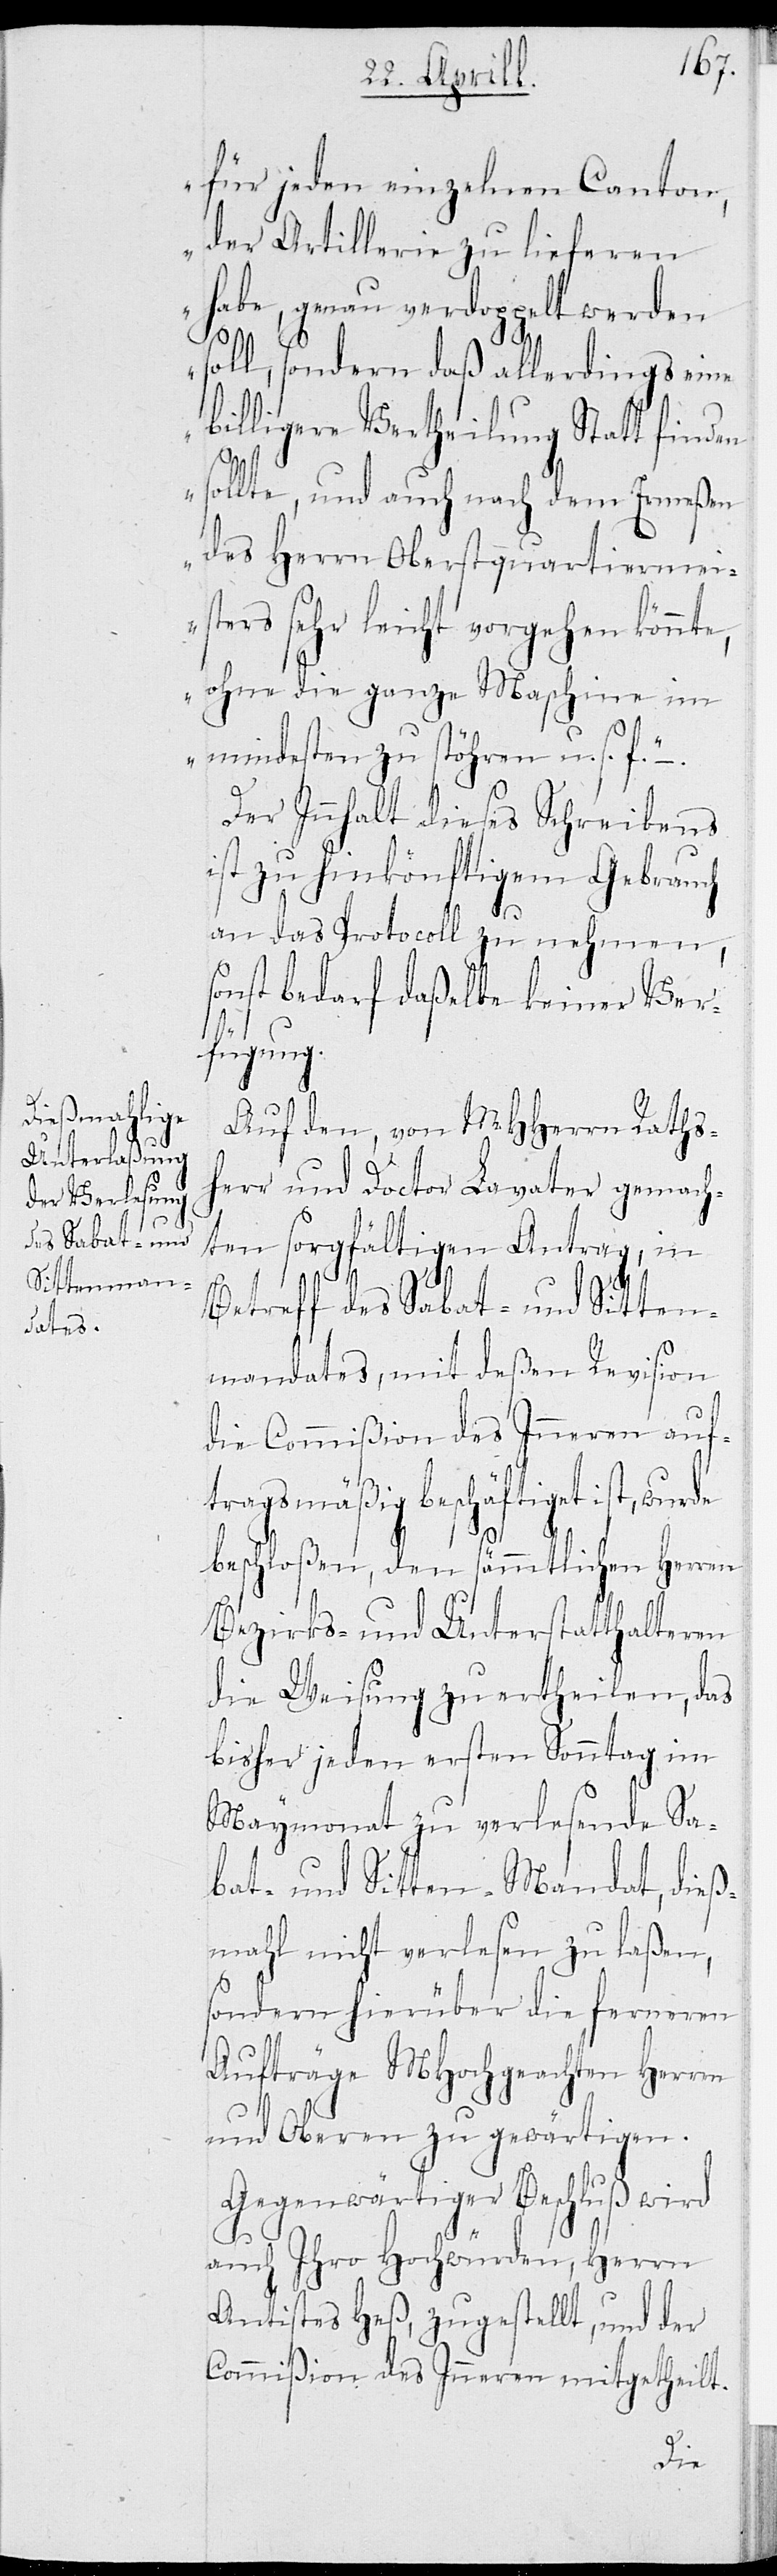
für jeden einzelnen Canton,
der Artillerie zu lieferen
habe, genau verdoppelt werden
soll, sondern daß allerdings eine
billigere Vertheilung Statt finden
sollte, und auch nach dem Ermeßen
des Herrn Oberstquartiermei¬
sters sehr leicht vorgehen könnte,
ohne die ganze Maschine im
mindesten zu stöhren u.s.f.“ –
Der Innhalt dieses Schreibens
ist zu hinkönftigem Gebrauch
an das Protocoll zu nehmen,
sonst bedarf daßelbe keiner Ver¬
fügung.
Auf den, von MHerrn Raths¬
herr und Doctor Lavater gemach¬
ten sorgfältigen Antrag, in
Betreff des Sabat- und Sitten¬
mandats, mit deßen Revision
die Commißion des Inneren auf¬
tragsmäßig beschäftiget ist, wurde
beschloßen, den sämmtlichen Herren
Bezirks- und Unterstatthalteren
die Weisung zu ertheilen, das
bisher jeden ersten Sonntag im
Maymonat zu verlesende Sa¬
bat- und Sitten-Mandat, dieß¬
mahl nicht verlesen zu laßen,
sondern hierüber die ferneren
Aufträge MHochgeachten HHer¬
und Oberen zu gewärtigen.
Gegenwärtiger Beschluß wird
auch Ihro Hochwürden, Herrn
Antistes Heß, zugestellt, und der
Commißion des Inneren mitgetheilt.
ren